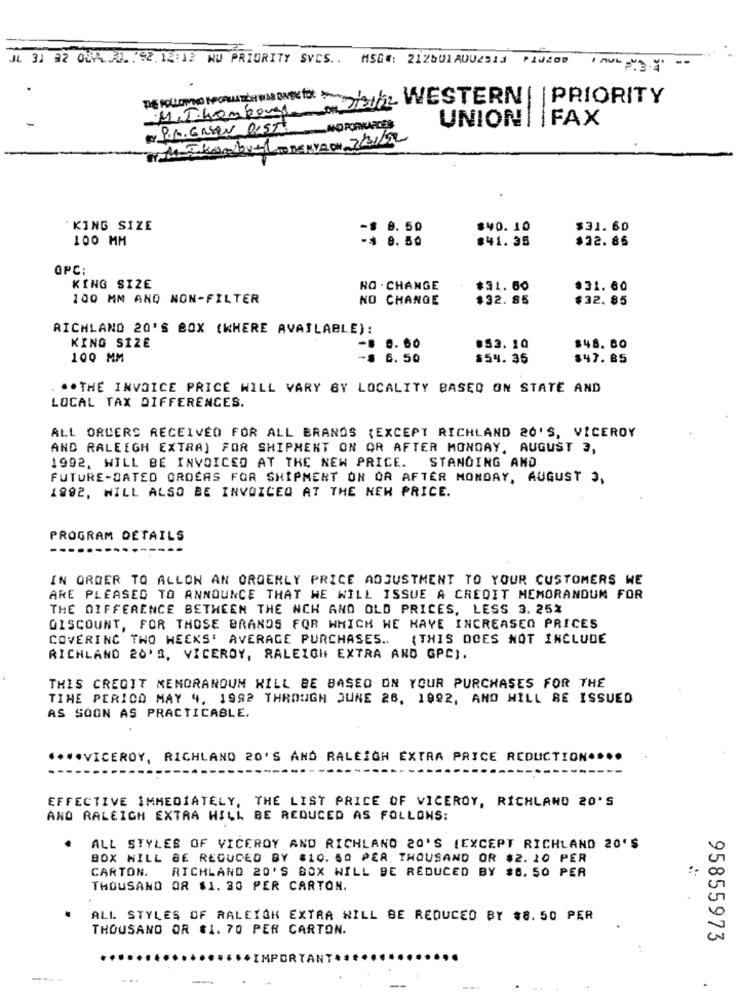
JL 31 32 0MA .. .. . 92. 12:13 WU PRIORITY SVCS ..
MSG#: 212601 AUU2913 PIJ200
This WESTERN | | PRIORITY
M.T.hompage on?
UNION| |FAX
P.M. GASEN DIST NO FORKLARES
'KING SIZE
$ 8. 50
$40.10
$31. 60
100 MM
8.50
$41.35
$22.85
OPC:
KING SIZE
RO . CHANGE
$31.60
*31.60
100 MM AND NON-FILTER
NO CHANGE
$32. 85
$32. 85
RICHLAND 20'S BOX (WHERE AVAILABLE):
KING SIZE
-8 0.60
.53.10
$48. 80
100 MM
-$ 6.50
$54.35
$47.85
.. THE INVOICE PRICE WILL VARY BY LOCALITY BASED ON STATE AND
LOCAL TAX DIFFERENCES.
ALL ORDERS RECEIVED FOR ALL BRANDS (EXCEPT RICHLAND 20'S, VICEROY
AND RALEIGH EXTRA) FOR SHIPMENT ON OR AFTER MONDAY, AUGUST 3,
1992, WILL BE INVOICED AT THE NEW PRICE. STANOING AND
FUTURE-DATED OROEAS FOR SHIPMENT ON OR AFTER MONDAY, AUGUST 3,
1882, WILL ALSO BE INVOICEO AT THE HEH PRICE.
PROGRAM DETAILS
IN ORDER TO ALLOW AN ORDERLY PRICE ADJUSTMENT TO YOUR CUSTOMERS WE
ARE PLEASED TO ANNOUNCE THAT WE WILL ISSUE A CREDIT MEMORANDUM FOR
THE DIFFERENCE BETWEEN THE NCH AND OLD PRICES, LESS 3. 25%
DISCOUNT, FOR THOSE BRANDS FOR WHICH WE HAVE INCREASED PRICES
COVERING TWO WEEKS' AVERAGE PURCHASES .. {THIS DOES NOT INCLUDE
RICHLAND 20'S, VICEROY, RALEIGH EXTRA AND GPC).
THIS CREDIT MEMORANDUM WILL BE BASED ON YOUR PURCHASES FOR THE
TIME PERIOD MAY 4, 1992 THROUGH JUNE 28. 1992, AND WILL BE ISSUED
AS SOON AS PRACTICABLE.
.... VICEROY, RICHLAND 20'S AND RALEIGH EXTRA PRICE REDUCTION ****
EFFECTIVE IMMEDIATELY, THE LIST PRICE OF VICEROY, RICHLAND 20'S
AND RALEIGH EXTRA HILL BE REDUCED AS FOLLOWS:
ALL STYLES OF VICEROY AND RICHLAND 20'S (EXCEPT RICHLAND 20'S
BOX WILL BE REGUCED BY #10. 50 PER. THOUSAND OR $2. 10 PER
CARTON. RICHLAND 20'S BOX WILL BE REDUCED BY $6. 50 PER
THOUSAND OR $1. 30 PER CARTON.
ALL STYLES OF RALEIGH EXTRA WILL BE REDUCED BY $8. 50 PER
THOUSAND OR $1. 70 PER CARTON.
95855973
+IMPORTANT